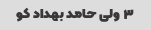
۳ ولی حامد بهداد کو